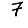
Digit: 7